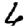
Digit: 6